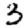
Digit: 3